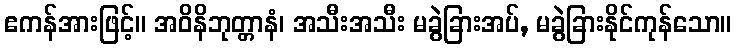
ဧကန်အားဖြင့်။ အဝိနိဘုတ္တာနံ၊ အသီးအသီး မခွဲခြားအပ်, မခွဲခြားနိုင်ကုန်သော။